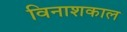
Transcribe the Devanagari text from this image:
विनाशकाल